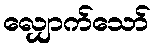
လျှောက်သော်